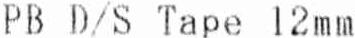
PB D/S TAPE 12MM